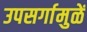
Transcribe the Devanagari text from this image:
उपसर्गामुळें